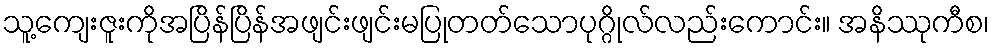
သူ့ကျေးဇူးကိုအပြိန်ပြိန်အဖျင်းဖျင်းမပြုတတ်သောပုဂ္ဂိုလ်လည်းကောင်း။ အနိဿုကီစ၊